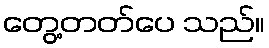
တွေ့တတ်ပေ သည်။